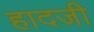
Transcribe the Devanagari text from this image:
हादजी